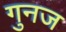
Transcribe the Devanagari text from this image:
गुनज